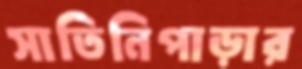
সাতিনিপাড়ার